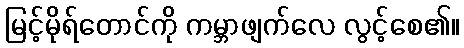
မြင့်မိုရ်တောင်ကို ကမ္ဘာဖျက်လေ လွင့်စေ၏။